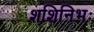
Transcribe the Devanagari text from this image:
शशिनिभः